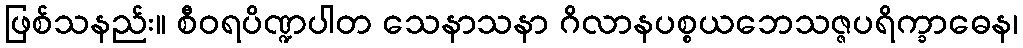
ဖြစ်သနည်း။ စီဝရပိဏ္ဍပါတ သေနာသနာ ဂိလာနပစ္စယဘေသဇ္ဇပရိက္ခာဓေန၊